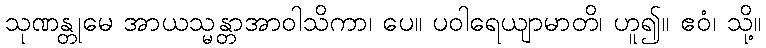
သုဏန္တုမေ အာယသ္မန္တာအာဝါသိကာ၊ ပေ။ ပဝါရေယျာမာတိ၊ ဟူ၍။ ဧဝံ၊ သို့။